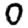
Digit: 0